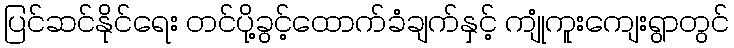
ပြင်ဆင်နိုင်ရေး တင်ပို့ခွင့်ထောက်ခံချက်နှင့် ကျုံကူးကျေးရွာတွင်